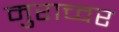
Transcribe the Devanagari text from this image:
मुराच्वर